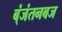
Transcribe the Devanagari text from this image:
ब्ंजंतनबज